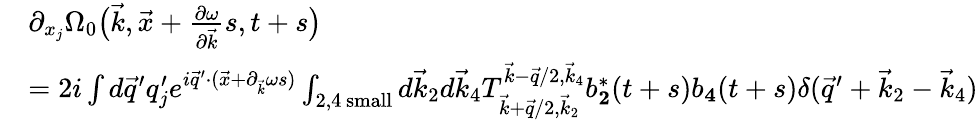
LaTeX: \begin{array}{rl}&{\partial_{{x}_{j}}\Omega_{0}\big(\vec{k},\vec{x}+\frac{\partial\omega}{\partial\vec{k}}s,t+s\big)}\\ &{=2i\int d\vec{q}^{\prime}q_{j}^{\prime}e^{i\vec{q}^{\prime}\cdot(\vec{x}+\partial_{\vec{k}}\omega s)}\int_{2,4\mathrm{~small}}d\vec{k}_{2}d\vec{k}_{4}T_{\vec{k}+\vec{q}/2,\vec{k}_{2}}^{\vec{k}-\vec{q}/2,\vec{k}_{4}}b_{\mathbf 2}^{*}(t+s)b_{\mathbf 4}(t+s)\delta(\vec{q}^{\prime}+\vec{k}_{2}-\vec{k}_{4})}\end{array}